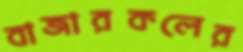
বাজারকলের